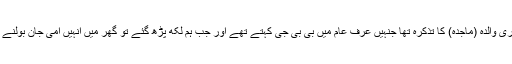
یہ میری والدہ (ماجدہ) کا تذکرہ تھا جنہیں عرف عام میں بی بی جی کہتے تھے اور جب ہم لکھ پڑھ گئے تو گھر میں انہیں امی جان بولنے لگے۔